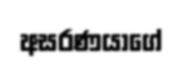
අසරණයාගේ